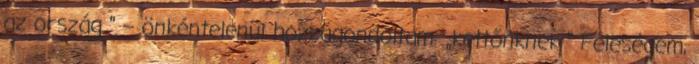
az ország ” – önkéntelenül hozzágondoltam: „kettőnknek ” Feleségem,